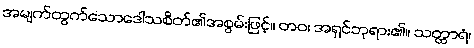
အမျက်ထွက်သောဒေါသစိတ်၏အစွမ်းဖြင့်။ တဝ၊ အရှင်ဘုရား၏။ သတ္ထာရံ၊